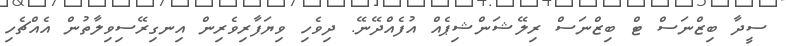
ސީދާ ބިޒްނަސް ޓް ބިޒްނަސް ރިލޭޝަންޝިޕެއް އުފެއްދޭނޭ. ދިވެހި ވިޔަފާރިވެރިން އިނގިރޭސިވިލާތުން އެއްޗެހި